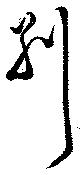
別